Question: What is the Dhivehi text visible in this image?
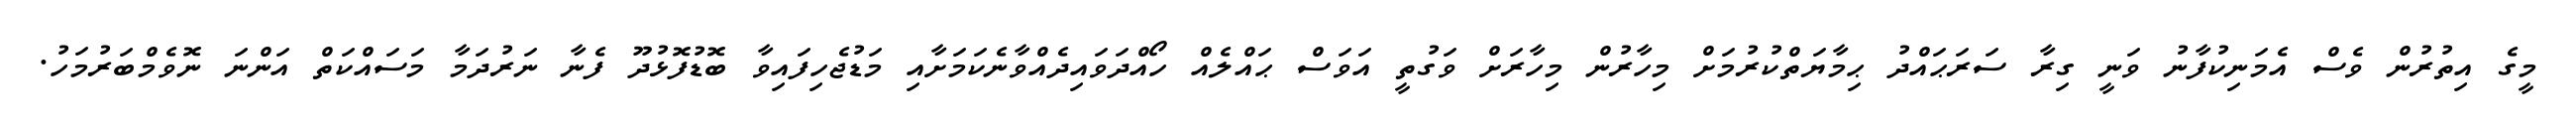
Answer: މީގެ އިތުރުން ވެސް އެމަނިކުފާނު ވަނީ ގިރާ ސަރަޙައްދު ޙިމާޔަތްކުރުމަށް މިހާރުން މިހާރަށް ވަގުތީ އަވަސް ޙައްލެއް ހޯއްދަވައިދެއްވާނެކަމަށާއި މަޑުޖެހިފައިވާ ބޮޑުފޮޅުދޫ ފެނާ ނަރުދަމާ މަސައްކަތް އަންނަ ނޮވެމްބަރުމަހު.